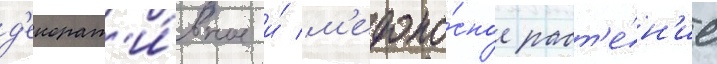
д'екорат'и́вное и́ м'едоно́сное раст'е́н'ие